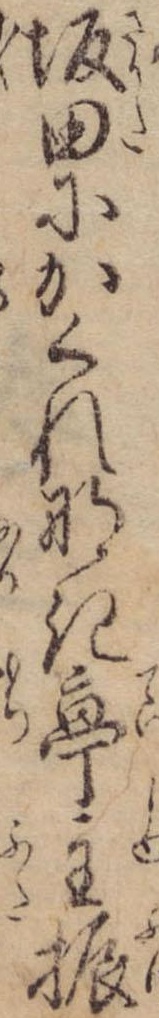
坂田にかくれなき亭主振